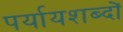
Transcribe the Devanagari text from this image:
पर्यायशब्दों